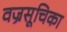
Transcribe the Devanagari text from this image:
वज्रसूचिका